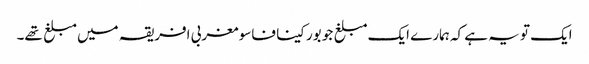
ایک تو یہ ہے کہ ہمارے ایک مبلغ جو بورکینا فاسو مغربی افریقہ میں مبلغ تھے۔